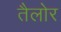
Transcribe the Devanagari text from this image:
तैलोर